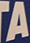
TA